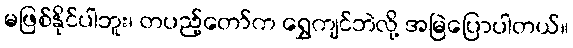
မဖြစ်နိုင်ပါဘူး၊ တပည့်တော်က ရွှေကျင်ဘဲလို့ အမြဲပြောပါတယ်။